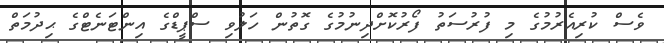
ވެސް ކުރިއެރުމުގެ މި ފުރުސަތު ފޯރުކޮށްދިނުމުގެ ގޮތުން ހަލުވި ސްޕީޑްގެ އިންޓަނެޓްގެ ޙިދުމަތް